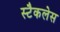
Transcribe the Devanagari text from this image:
स्टैकलेस